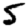
Digit: 5